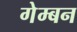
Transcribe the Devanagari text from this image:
गेम्बन